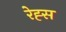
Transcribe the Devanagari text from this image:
रेह्स